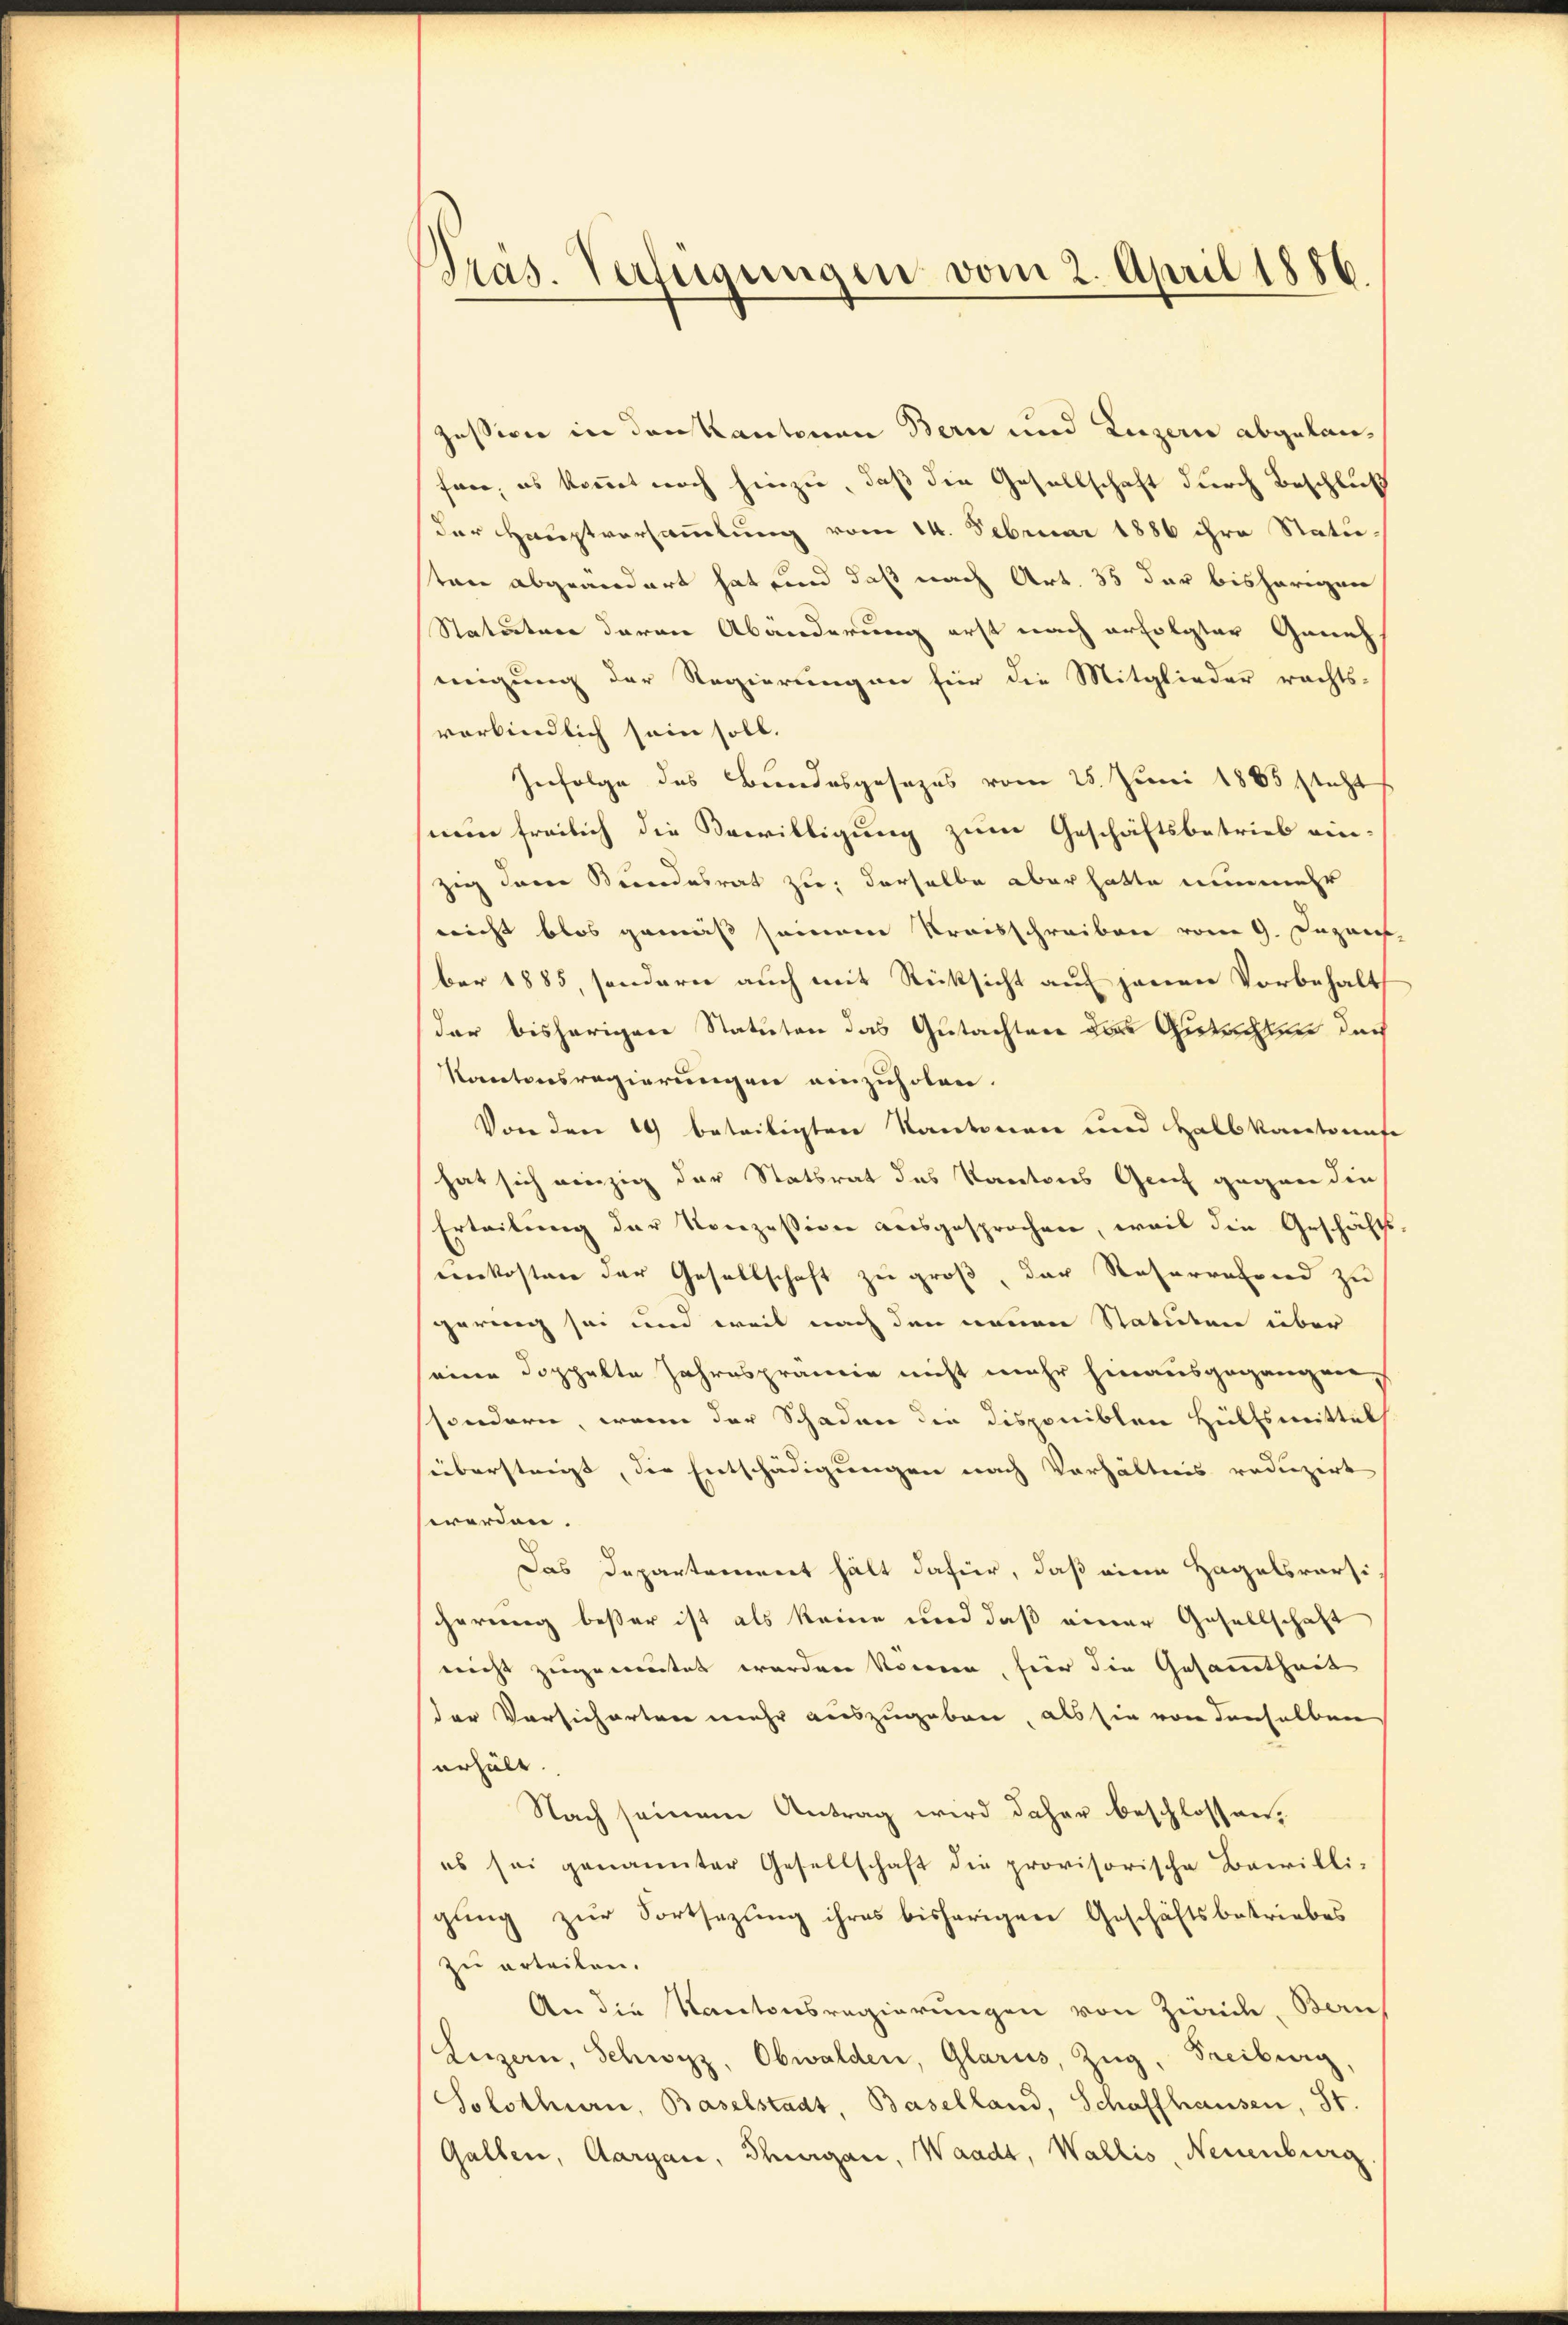
Präs. Verfügungen vom 2. April 1886.

Zession in den Kantonen Bern und Luzern abgelanfrre, es kommt noch hinzu, daß die Gesellschaft durch Beschluß
der Hauptversammlung vom 14. Februar 1886 ihre Statu-
ten abgeändert hat und daß nach Art. 35 der bisherigen
Statuten daran Abänderung erst nach erfolgter Geneh
migung der Regierungen für die Mitglieder rechts-
verbindlich sein soll.
Infolge des Bundesgesezes vom 25. Juni 1885 steht
nun freilich die Bewilligung zum Geschäftsbetrieb einzig deren Kindesrat zu derselbe aber hatte nunmehr
nicht blos gemäß seinem Kreisschreiben vom 9. Dezans
ber 1885, sondern auch mit Rücksicht auf jenen Vorbehalt
der bisherigen Statuten das Gutachten des Gutachten durch
Kantonsregierungen einzuholen.
Von den 19 beteiligten Kantonen und Halbkantonafe
hat sich einzig der Statsrat des Kantons Genf gegen die
Erteilung der Norozession ausgesprochen, weil die Geschäfts-
Lenkosten der Gesellschaft zu groß, der Reserrafend zu
gering sei und weil nach den neuen Statuten über
eine doppelte Jahresprämie nicht mehr hinausgegangen
sondern, wenn der Schaden der Disponiblen Hülfsmittel
übersteigt, die Entschädigungen nach Verhältnis reduzirt
werden.
Das Departement hält dafür, daß eine Hagelsvorsicherung besser ist als keine und daß einer Gesellschaft
nicht zugemutet werden können, hier die Gesammtheit
der Vorsicherten mehr auszugeben, als sie von denselben
erhält.
Nach seinem Antrag wird daher beschlossen,
es sei genannter Gesellschaft die provisorische Bewilli-
gung zur Fortsetzung ihres bisherigen Geschäftsbetriebes
zŭ erteilen.
An die Kantonsregierungen von Zwick, Baus
Lezzern, Schwyz, Obwalden, Glarus, Zug, Freiburg,
Solothurn, Baselstadt, Baselland, Schaffhausen, St.
Gallen, Aargau, Thurgau, Waadt, Wallis, Neuenburg